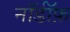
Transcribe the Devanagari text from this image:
नॉर्डॉफ़